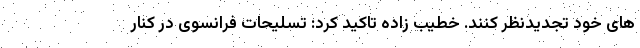
های خود تجدیدنظر کنند. خطیب زاده تاکید کرد: تسلیحات فرانسوی در کنار